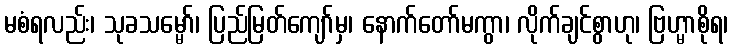
မစံရလည်း၊ သုခသမ္မော်၊ ပြည်မြတ်ကျော်မှ၊ နောက်တော်မကွာ၊ လိုက်ချင်စွာဟု၊ ဗြဟ္မာစိုရ၊